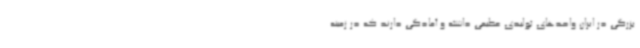
بزرگی در ایران واحدهای تولیدی عظیمی داشته و آمادگی دارند که در زمینه